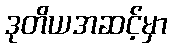
ဒုတိယအဆင့်မှာ